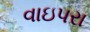
વાઇપરા